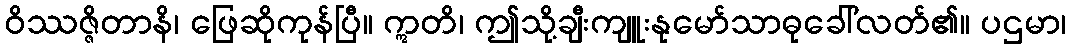
ဝိဿဇ္ဇိတာနိ၊ ဖြေဆိုကုန်ပြီ။ ဣတိ၊ ဤသို့ချီးကျူးနုမော်သာဓုခေါ်လတ်၏။ ပဌမာ၊